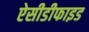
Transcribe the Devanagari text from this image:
ऐसीडीफाइड